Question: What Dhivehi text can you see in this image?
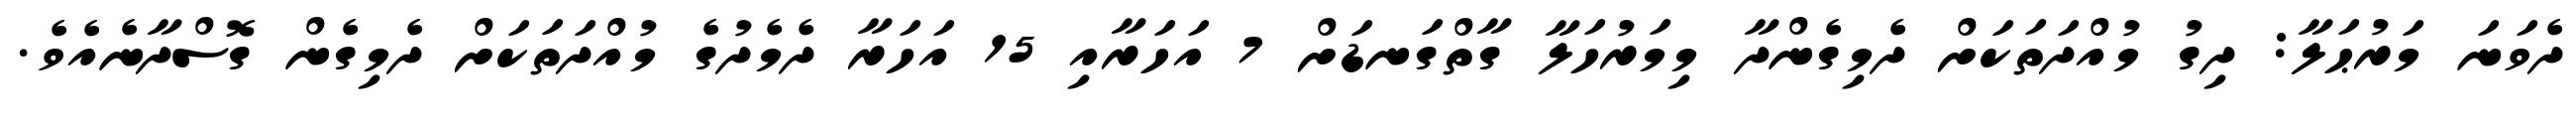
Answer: ދެވަނަ މަރުޙަލާ: ދިގު މުއްދަތަކަށް ދެމިގެންދާ މިމަރުހަލާ ގާތްގަނޑަށް 7 އަހަރާއި 15 އަހަރާ ދެމެދުގެ މުއްދަތަކަށް ދެމިގެން ގޮސްދާނެއެވެ.